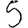
Digit: 5